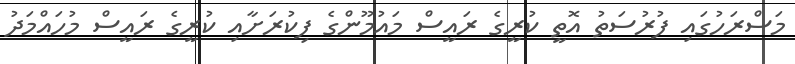
މަސްރަހުގައި ފުރުސަތު އޮތީ ކުރީގެ ރައީސް މައުމޫންގެ ފިކުރަށާއި ކުރީގެ ރައީސް މުހައްމަދު